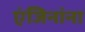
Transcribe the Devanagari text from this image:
एंजिनांना